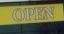
open